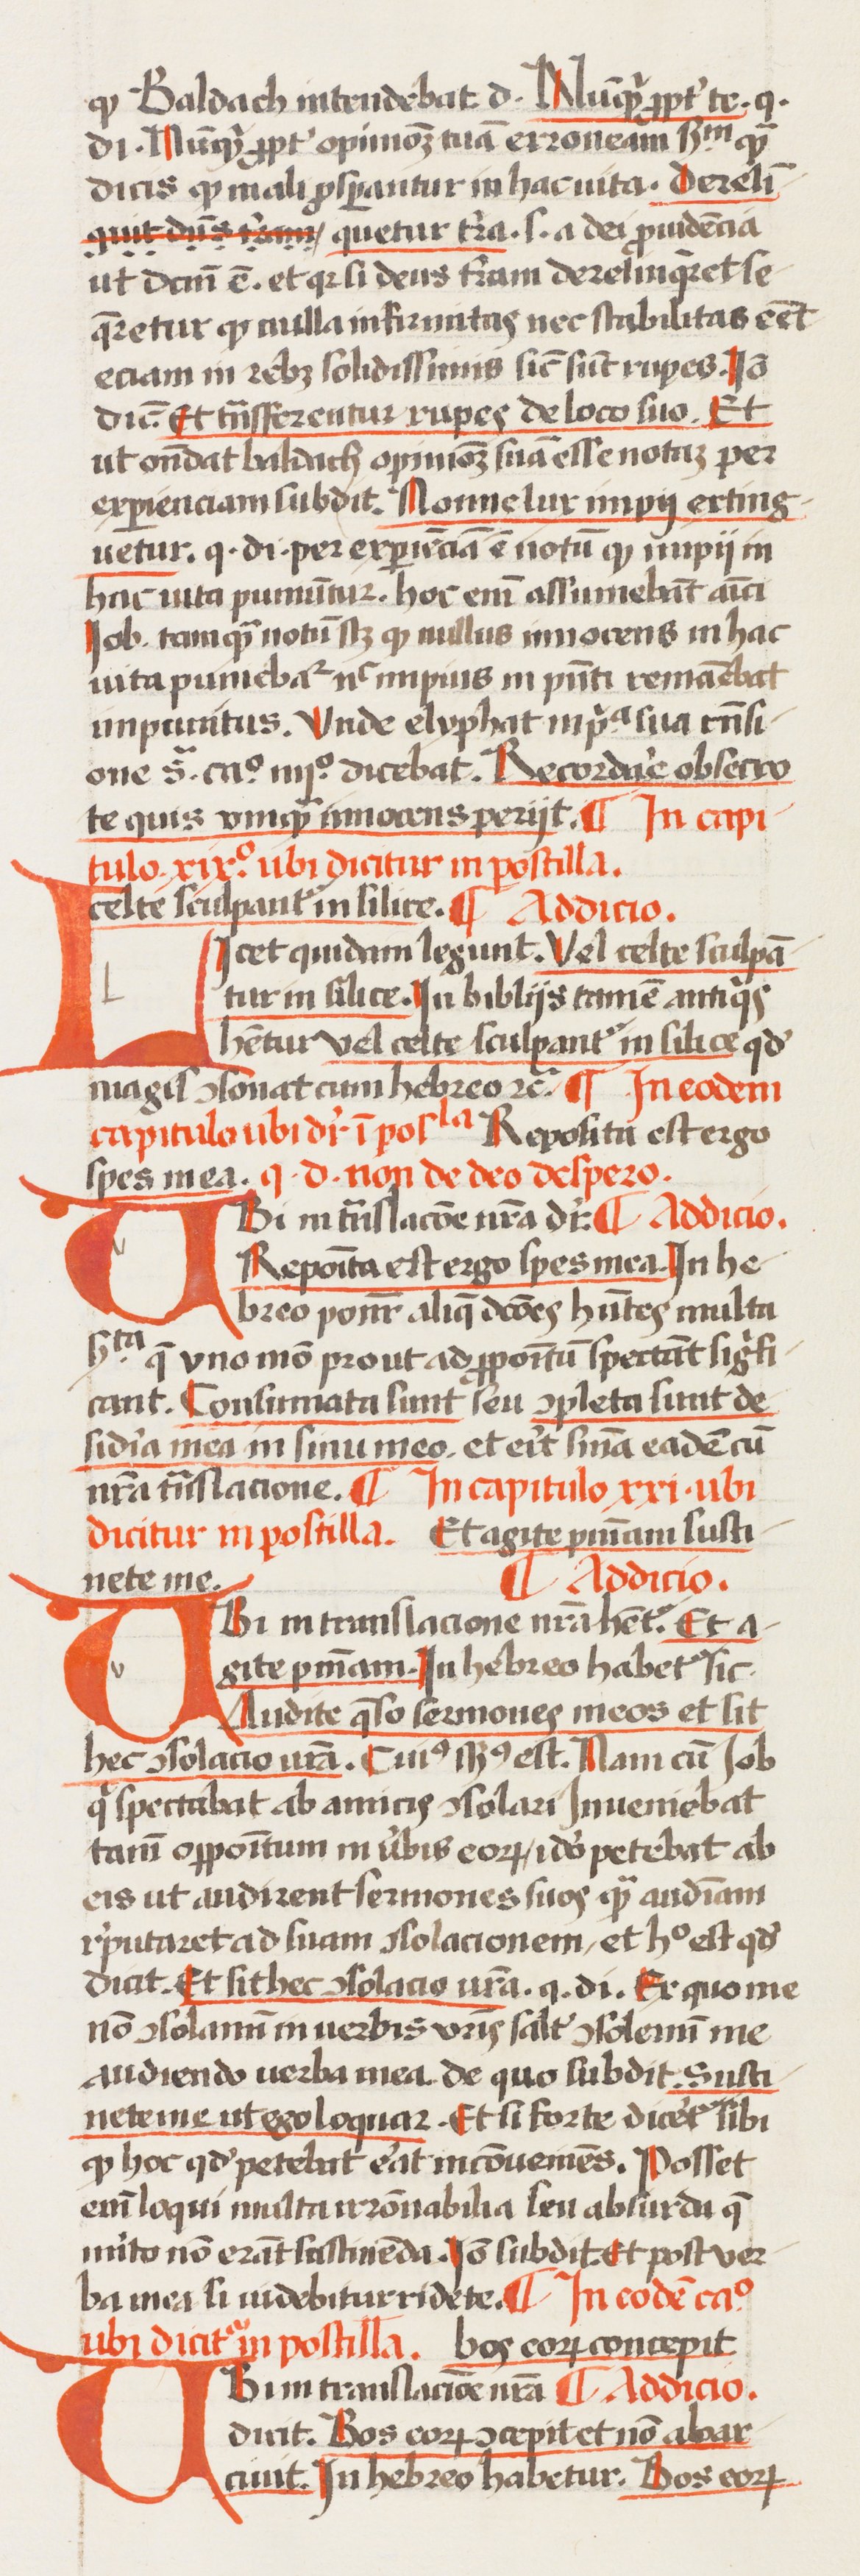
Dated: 1433–1465